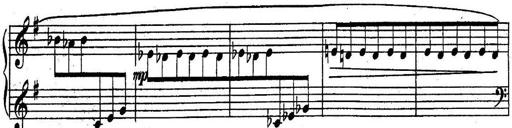
Title: Sonatine
Composer: Adrian Shaposhnikov
Key: E minor